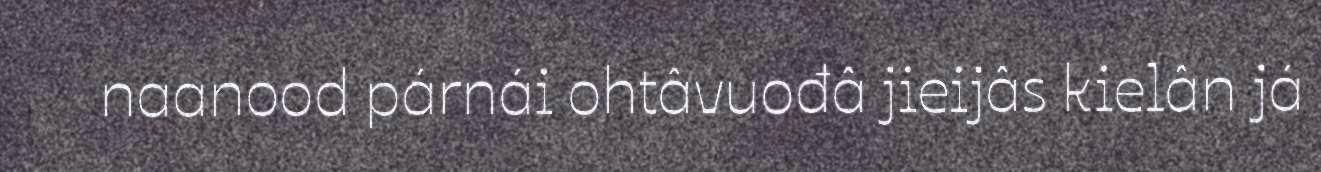
naanood párnái ohtâvuođâ jieijâs kielân já